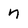
Character: n